Report on the cultivation of protesoma, Labbé, in grey mosquitoes
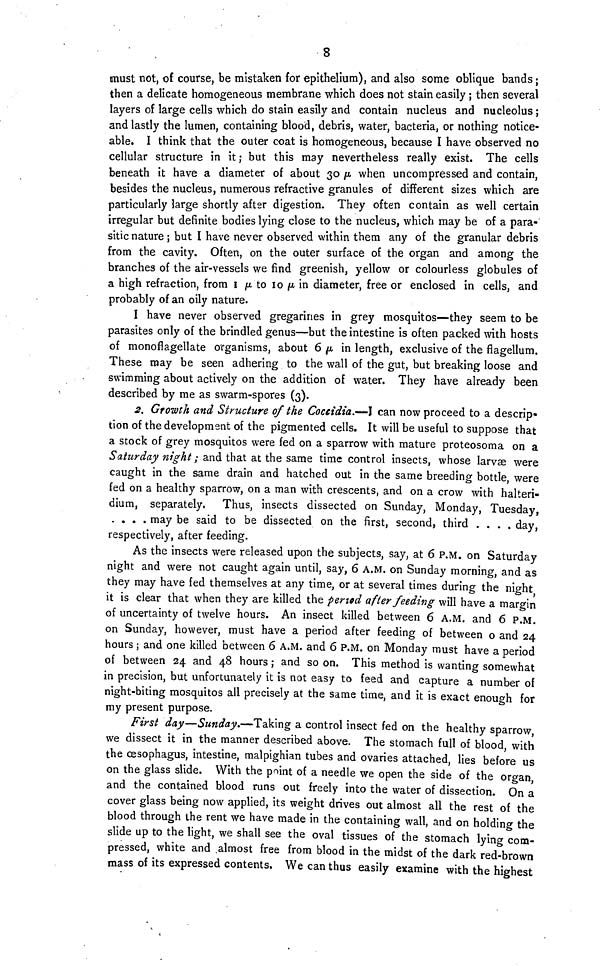
8
must not, of course, be mistaken for epithelium), and also some oblique bands ;
then a delicate homogeneous membrane which does not stain easily ; then several
layers of large cells which do stain easily and contain nucleus and nucleolus ;
and lastly the lumen, containing blood, debris, water, bacteria, or nothing notice-
able. I think that the outer coat is homogeneous, because I have observed no
cellular structure in it; but this may nevertheless really exist. The cells
beneath it have a diameter of about 30 µ when uncompressed and contain,
besides the nucleus, numerous refractive granules of different sizes which are
particularly large shortly after digestion. They often contain as well certain
irregular but definite bodies lying close to the nucleus, which may be of a para-
sitic nature; but I have never observed within them any of the granular debris
from the cavity. Often, on the outer surface of the organ and among the
branches of the air-vessels we find greenish, yellow or colourless globules of
a high refraction, from I μ to 10 μ in diameter, free or enclosed in cells, and
probably of an oily nature.
I have never observed gregarines in grey mosquitos—they seem to be
parasites only of the brindled genus—but the intestine is often packed with hosts
of monoflagellate organisms, about 6 μ in length, exclusive of the flagellum.
These may be seen adhering to the wall of the gut, but breaking loose and
swimming about actively on the addition of water. They have already been
described by me as swarm-spores (3).
2. Growth and Structure of the Coccidia.—I can now proceed to a descrip-
tion of the development of the pigmented cells. It will be useful to suppose that
a stock of grey mosquitos were fed on a sparrow with mature proteosoma on a
Saturday night ; and that at the same time control insects, whose larvae were
caught in the same drain and hatched out in the same breeding bottle, were
fed on a healthy sparrow, on a man with crescents, and on a crow with halteri-
dium, separately.
Thus, insects dissected on Sunday, Monday, Tuesday,
....
may be said to be dissected on the first, second, third ....
day,
respectively, after feeding.
As the insects were released upon the subjects, say, at 6 P.M. on Saturday
night and were not caught again until, say, 6 A.M. on Sunday morning, and as
they may have fed themselves at any time, or at several times during the night
it is clear that when they are killed the period after feeding will have a margin
of uncertainty of twelve hours. An insect killed between 6 A.M. and 6 P.M.
on Sunday, however, must have a period after feeding of between o and 24
hours ; and one killed between 6 A.M. and 6 P.M. on Monday must have a period
of between 24 and 48 hours ; and so on. This method is wanting somewhat
in precision, but unfortunately it is not easy to feed and capture a number of
night-biting mosquitos all precisely at the same time, and it is exact enough for
my present purpose.
First day—Sunday.—Taking a control insect fed on the healthy sparrow,
we dissect it in the manner described above. The stomach full of blood, with
the œsophagus, intestine, malpighian tubes and ovaries attached, lies before us
on the glass slide. With the point of a needle we open the side of the organ,
and the contained blood runs out freely into the water of dissection. On a
cover glass being now applied, its weight drives out almost all the rest of the
blood through the rent we have made in the containing wall, and on holding the
slide up to the light, we shall see the oval tissues of the stomach lying com-
pressed, white and almost free from blood in the midst of the dark red-brown
mass of its expressed contents. We can thus easily examine with the highest